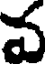
వ